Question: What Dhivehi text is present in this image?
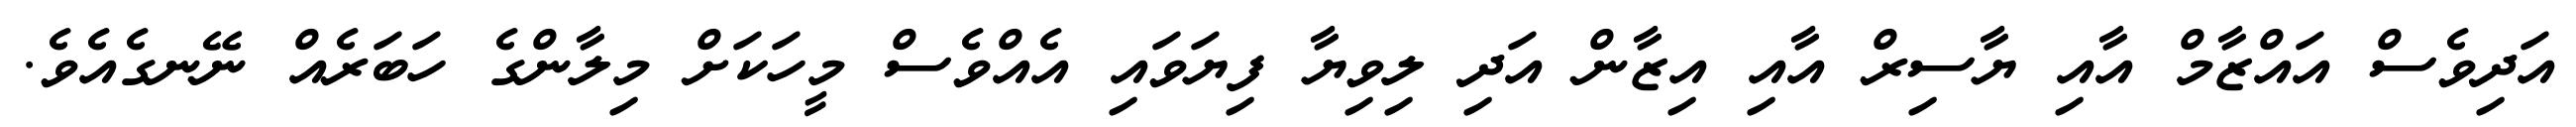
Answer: އަދިވެސް އައްޒާމް އާއި ޔާސިރް އާއި އިޒާން އަދި ލިވިޔާ ފިޔަވައި އެއްވެސް މީހަކަށް މިލާންގެ ހަބަރެއް ނޭނގެއެވެ.